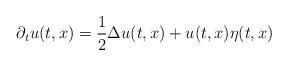
LaTeX: \begin{align*}\partial_t u(t,x)=\frac{1}{2}\Delta u(t,x)+u(t,x)\eta(t,x) \end{align*}